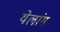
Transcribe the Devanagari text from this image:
येलांग